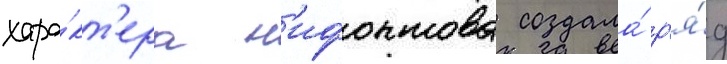
хара́кт'ера н'ифонтова создала́ р'я́д